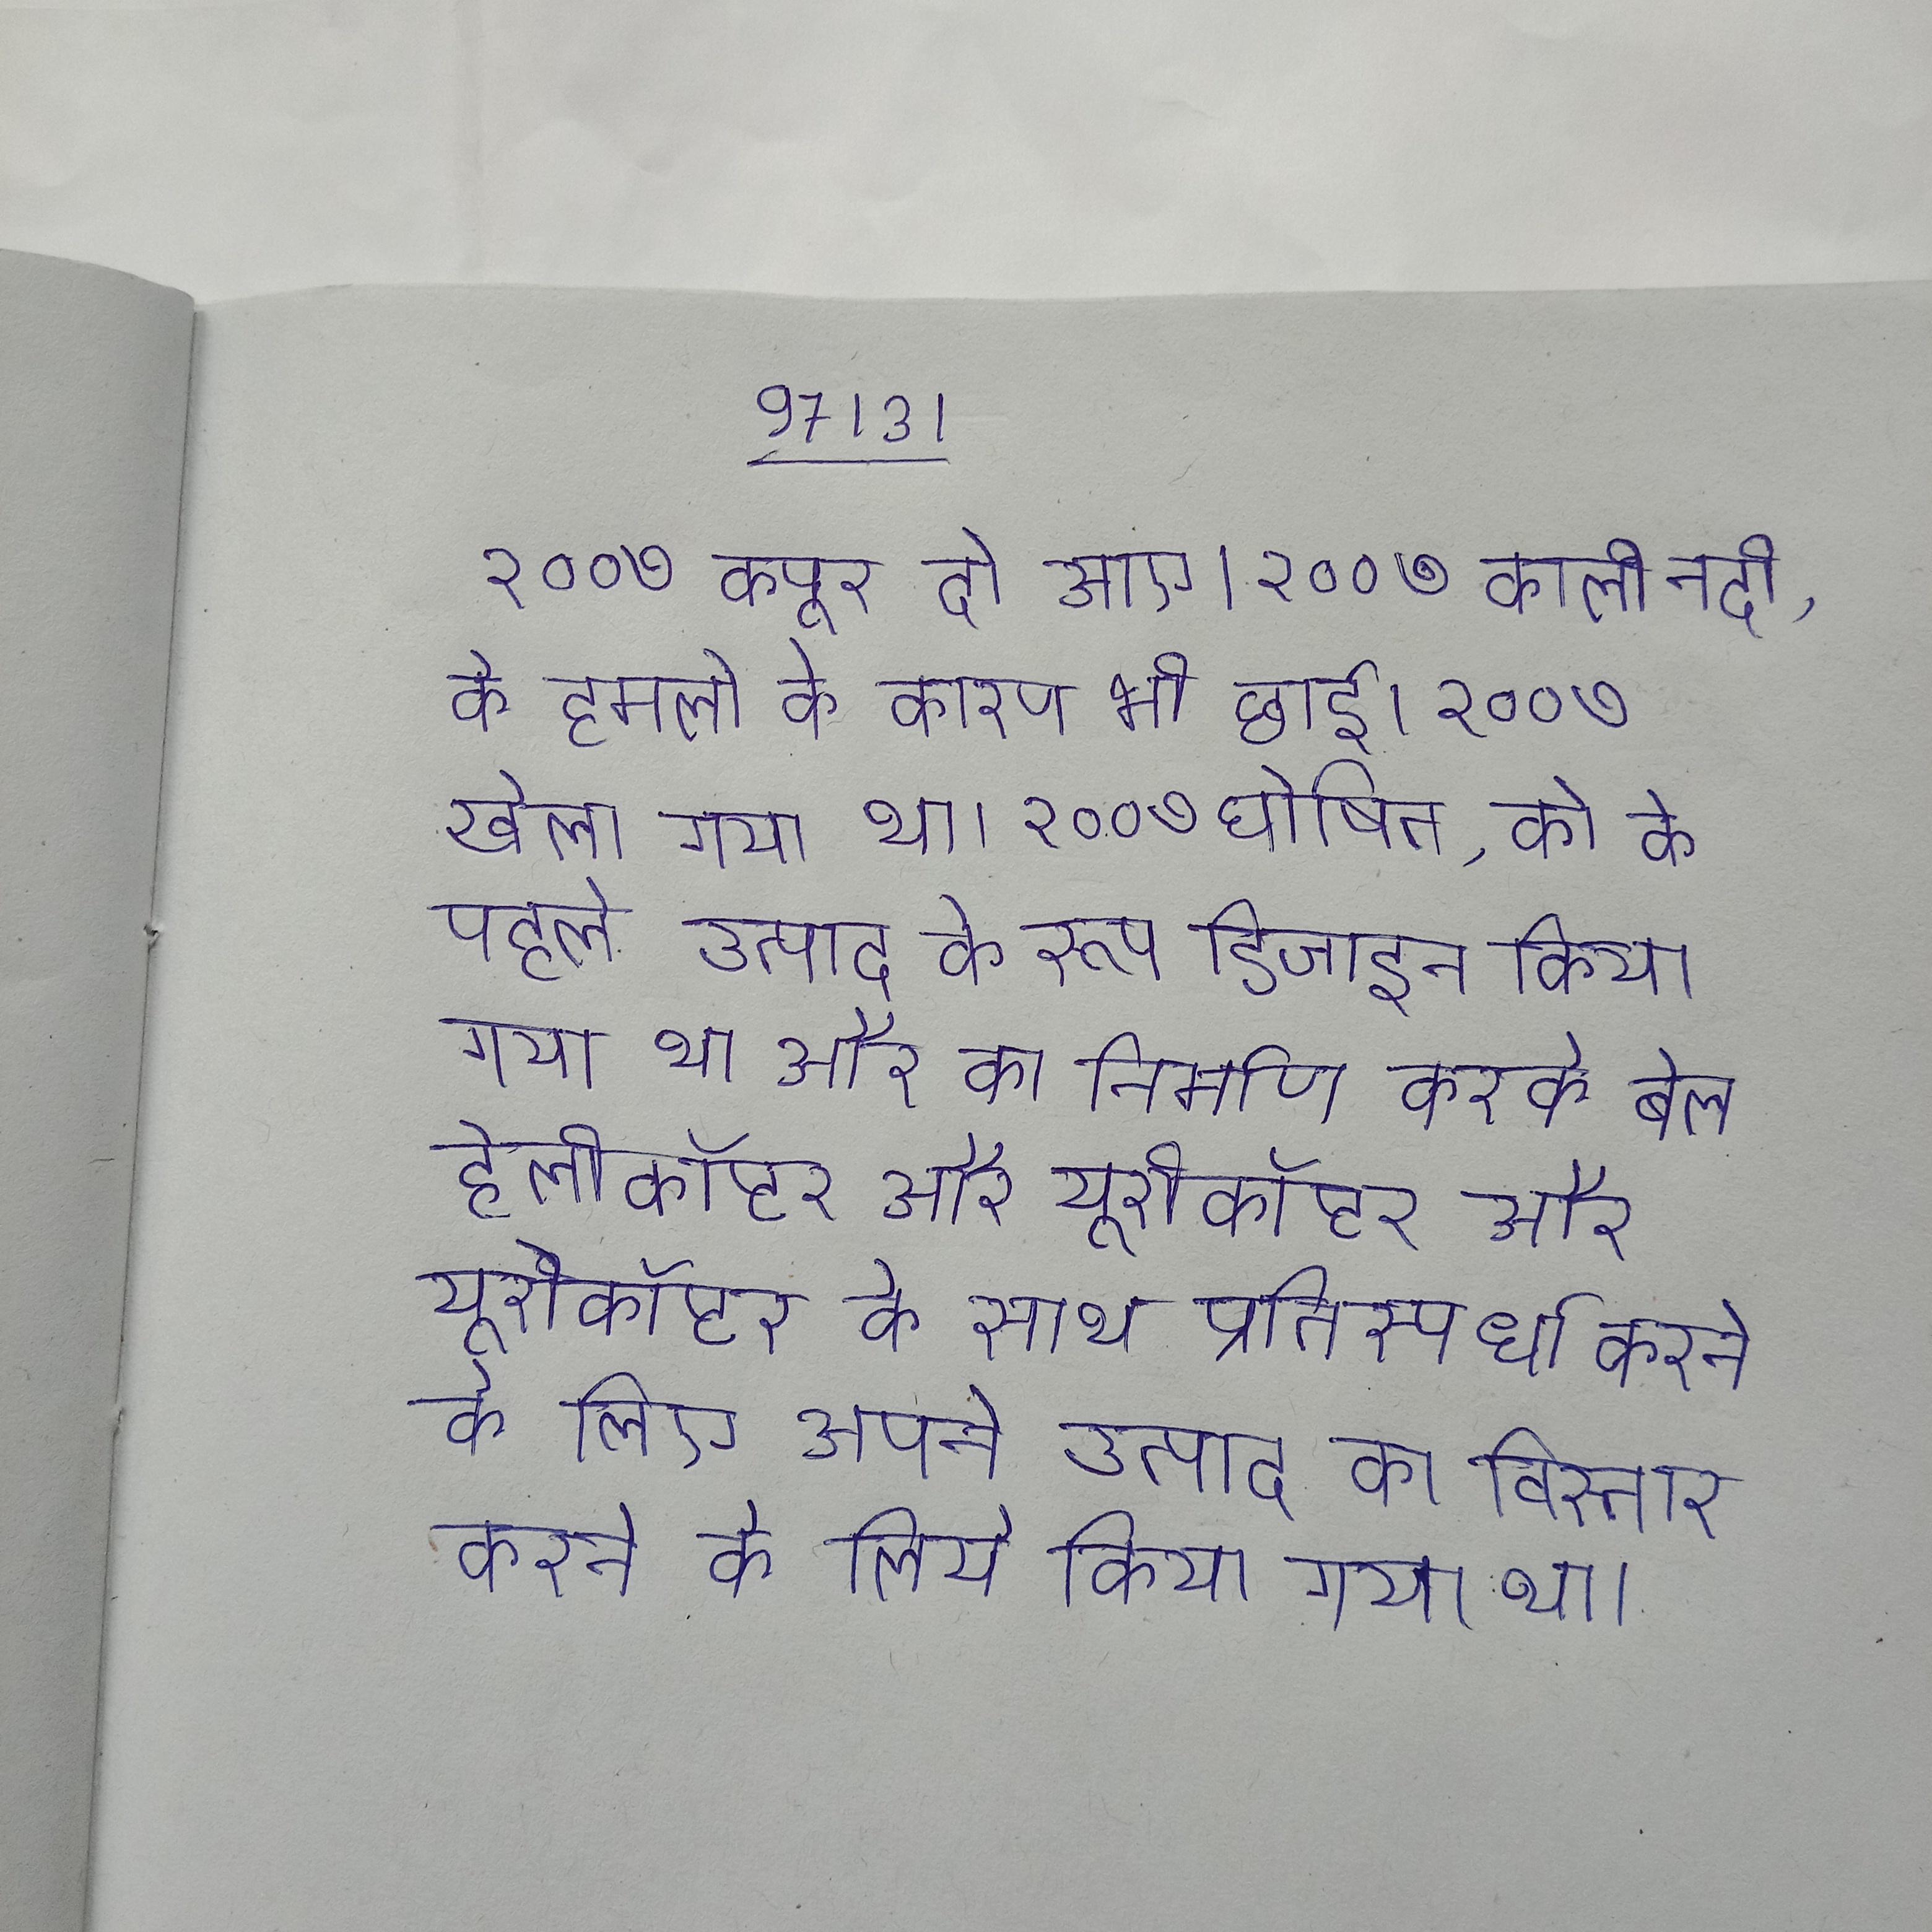
२००७ कपूर दो आए । २००७ काली नदी, के हमलो के कारण भी छाई । २००७ खेला गया था । २००७ घोषित, को के पहले उत्पाद के रूप डिजाइन किया गया था और का निर्माण करके बेल हेलीकॉप्टर और यूरोकॉप्टर के साथ प्रतिस्पर्धा करने के लिए अपने उत्पाद का विस्तार करने के लिये किया गया था ।